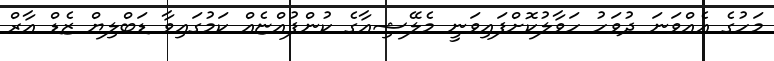
މަހުގެ އެއްވަނަ ދުވަހު ހަވާލުކޮށްފައިވަނީ މެލޭޝިއާގެ ކުންފުއްޏެއް ކަމުގައިވާ ޑަބްލިޔް ޒެޑް އާރް